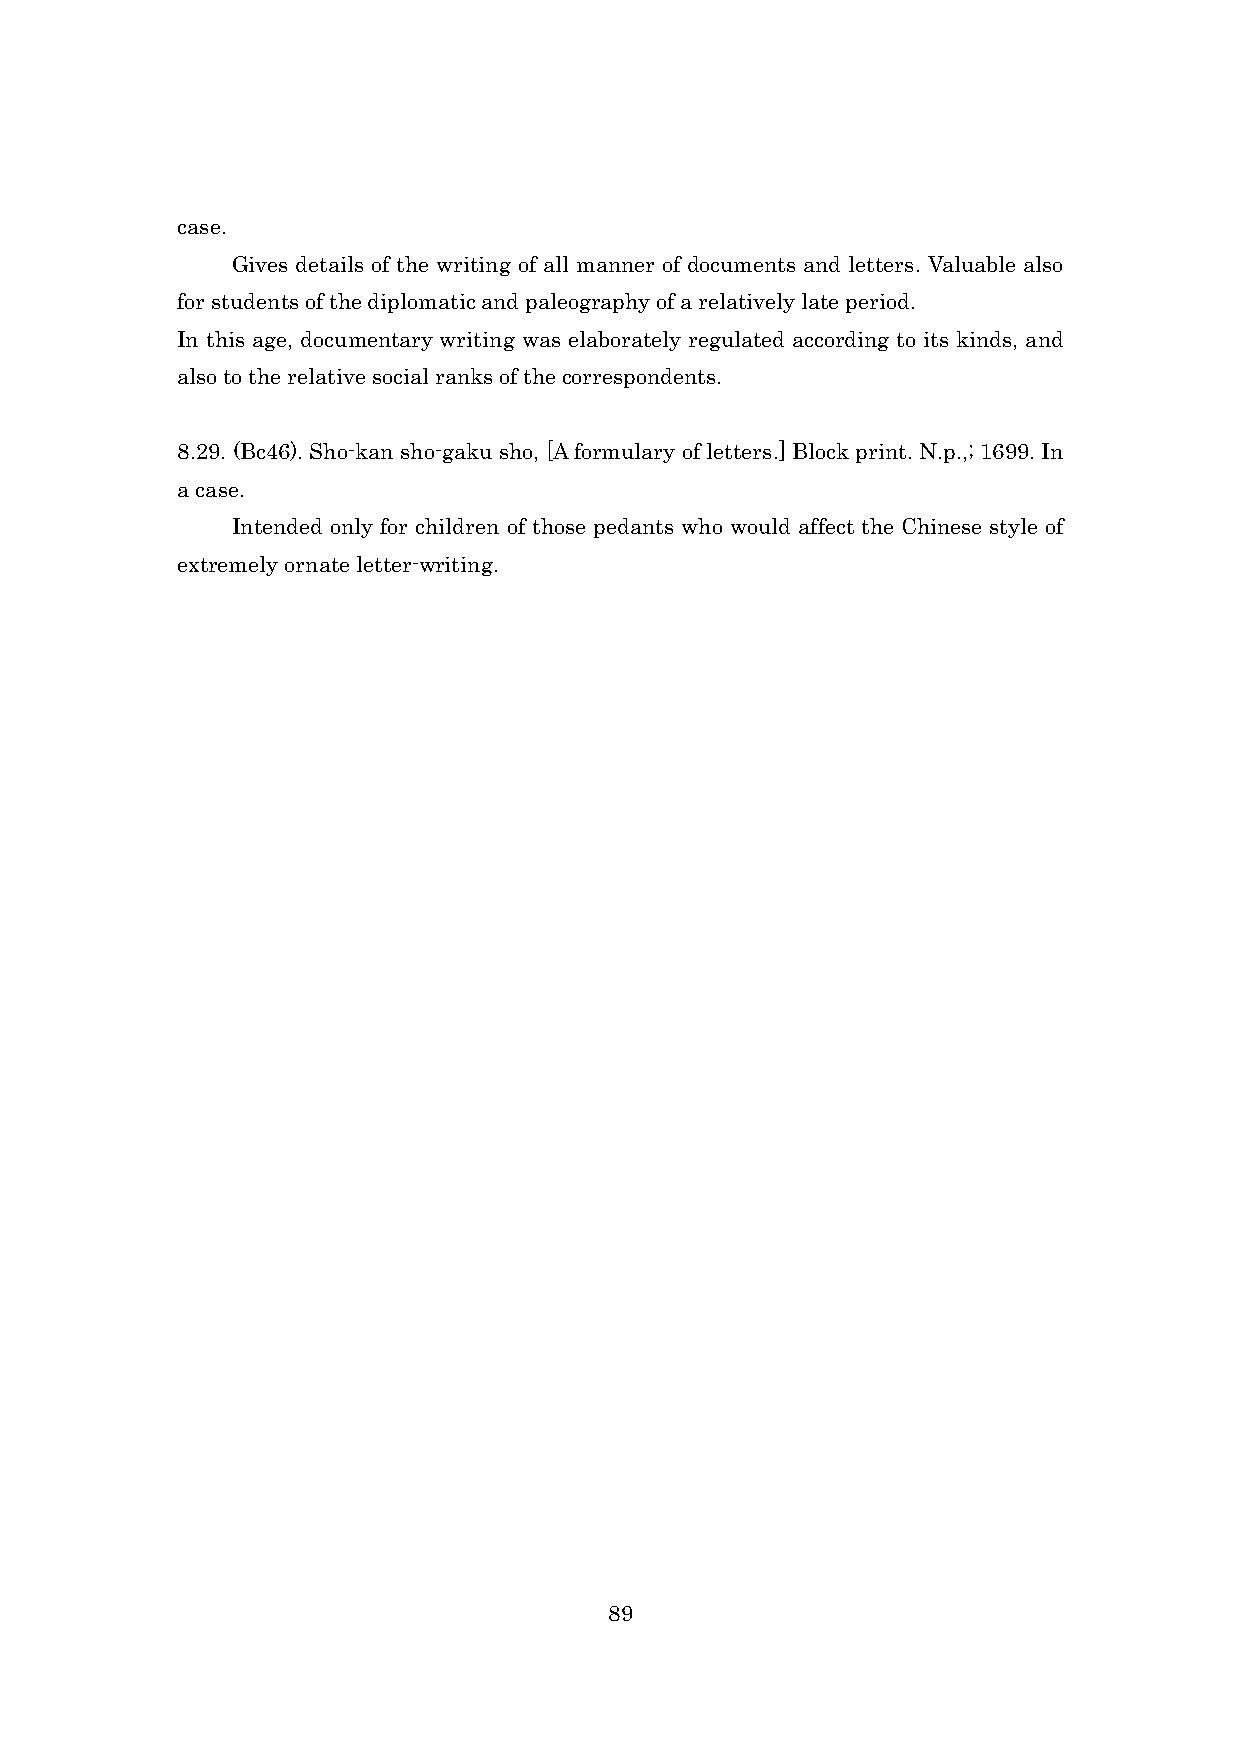
case.
 Gives details of the writing of all manner of documents and letters. Valuable also
 for students of the diplomatic and paleography of a relatively late period.
 In this age, documentary writing was elaborately regulated according to its kinds, and
 also to the relative social ranks of the correspondents.
 8.29. (Bc46). Sho-kan sho-gaku sho, [A formulary of letters.] Block print. N.p.,; 1699. In
 a case.
 Intended only for children of those pedants who would affect the Chinese style of
 extremely ornate letter-writing.
 89